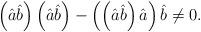
LaTeX: \begin{align*}\left ( \hat a \hat b\right ) \left ( \hat a \hat b\right ) - \left ( \left (\hat a \hat b \right ) \hat a \right ) \hat b \neq 0 . \end{align*}